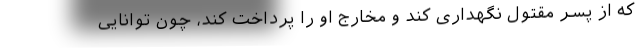
که از پسر مقتول نگهداری کند و مخارج او را پرداخت کند، چون توانایی